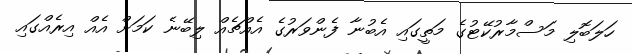
ހަލަބޮލި މަސްމާރުކޭޓުގެ މަތީގައި އެބުނާ ފެންވަރުގެ އެއްޗެއް ލިބޭނެ ކަމަށް އެއް އިރެއްގައި